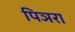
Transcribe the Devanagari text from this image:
पिञरा